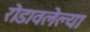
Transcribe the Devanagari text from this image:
रोडावलेल्या